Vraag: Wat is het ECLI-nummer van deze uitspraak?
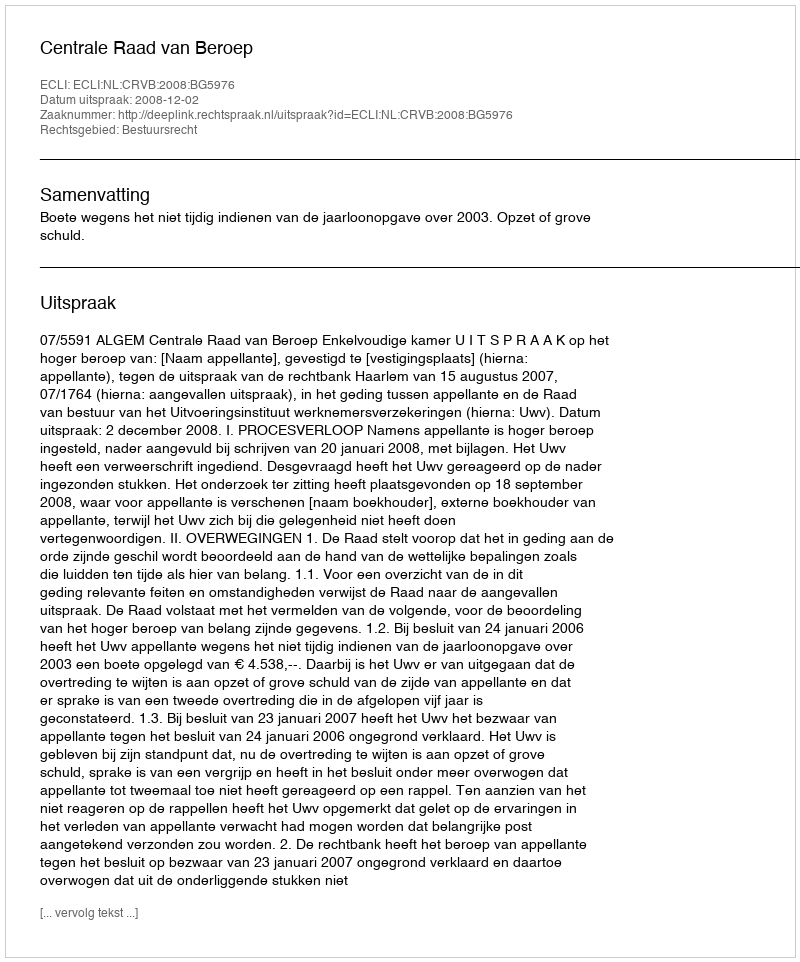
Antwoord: ECLI:NL:CRVB:2008:BG5976